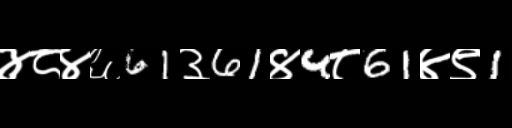
Text: ४८४६61३61४4८61४९1